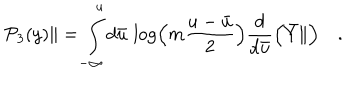
{ \cal P } _ { 3 } ( y ) \| = \int _ { - \infty } ^ { u } d { \bar { u } } \, \log \Bigl ( m \frac { u - { \bar { u } } } { 2 } \Bigr ) \frac { d } { d { \bar { u } } } \Bigl ( { \bar { Y } } \| \Bigr ) \quad .